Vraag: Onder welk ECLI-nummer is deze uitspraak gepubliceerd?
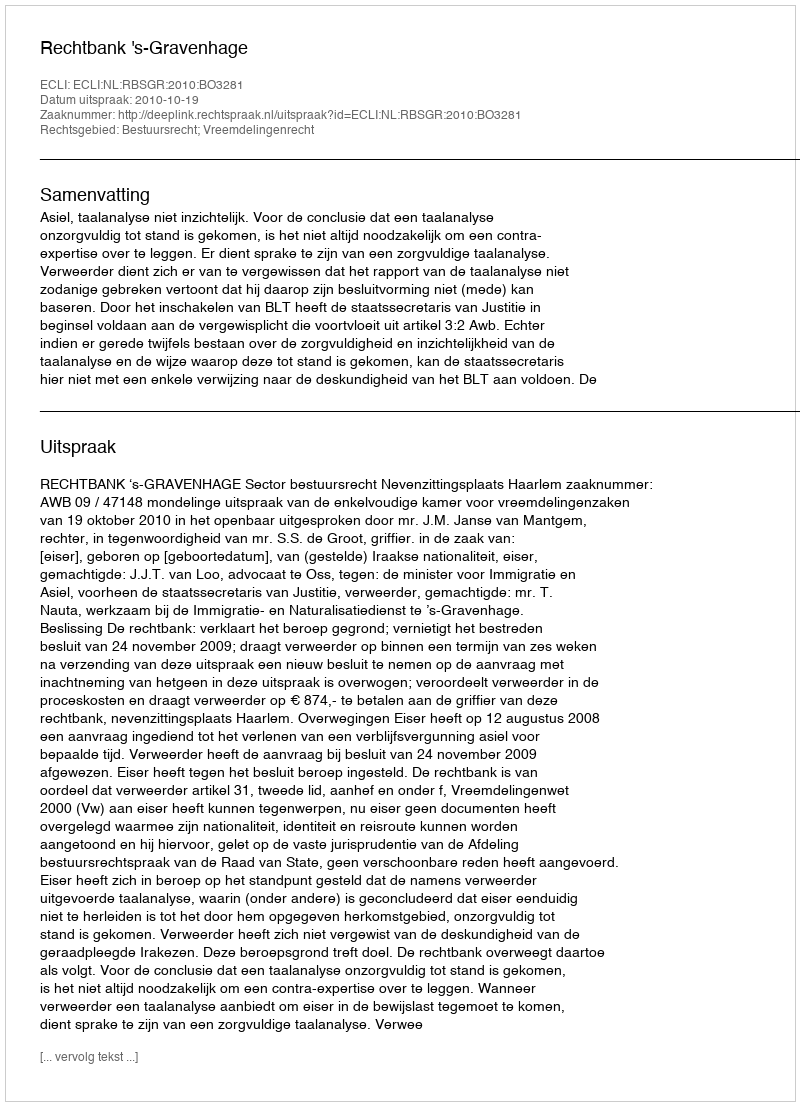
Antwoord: ECLI:NL:RBSGR:2010:BO3281